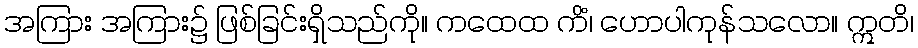
အကြား အကြား၌ ဖြစ်ခြင်းရှိသည်ကို။ ကထေထ ကိံ၊ ဟောပါကုန်သလော။ ဣတိ၊